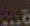
...